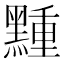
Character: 䵯